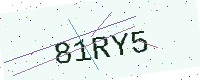
Text: 81RY5